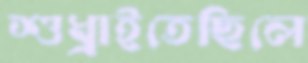
শুধ্‌রাইতেছিলে